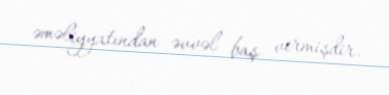
əməliyyatından əvvəl baş vermişdir.